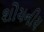
શોચનીય